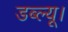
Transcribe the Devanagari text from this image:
डब्ल्यू।